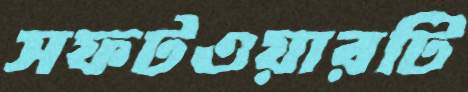
সফটওয়ারটি